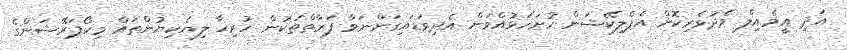
އަދި އީމެއިލް މެދުވެރިކޮށް އެޕްލިކޭޝަން ހުށަހަޅުއްވަން އެދިވަޑައިގަންނަވާ ފަރާތްތަކުން ހުރިހާ ލިޔެކިޔުންތައް މިކޯޕަރޭޝަންގެ